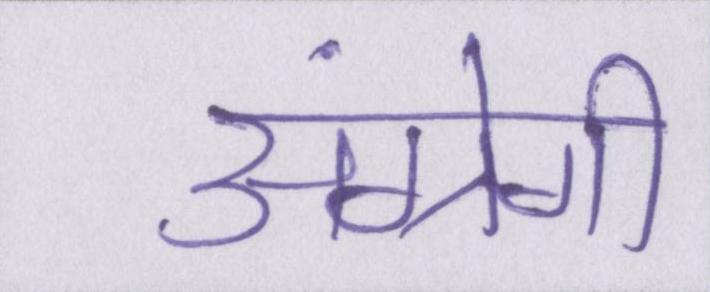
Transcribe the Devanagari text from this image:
अंग्रेगी